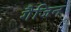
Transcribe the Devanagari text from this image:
गैजिन